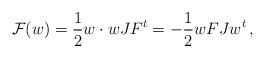
LaTeX: \begin{align*}\mathcal F(w)= \frac 12 w\cdot wJF^t =-\frac1 2 w F Jw^t\,,\end{align*}